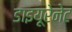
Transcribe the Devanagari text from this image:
डाइयूरेनेट